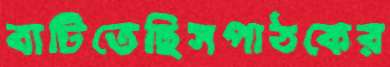
বাটিতেছিসপাঠকের